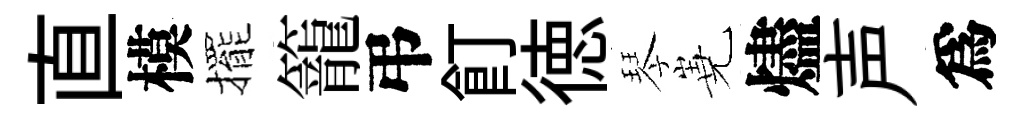
直模擺籠弔飣徳琴嶤燼声爲